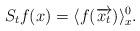
LaTeX: \begin{align*}S_t f(x)=\langle f(\overrightarrow{x_t})\rangle_{x}^0.\end{align*}